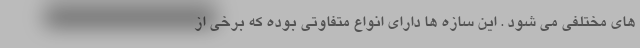
های مختلفی می شود . این سازه ها دارای انواع متفاوتی بوده که برخی از